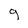
Character: 9